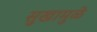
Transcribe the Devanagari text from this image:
सुखामुळे